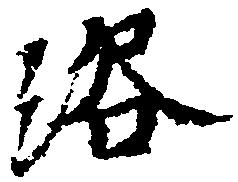
浴